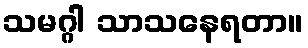
သမဂ္ဂါ သာသနေရတာ။